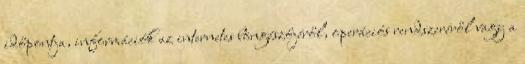
időpontja, információk az internetes böngészőjéről, operációs rendszeréről vagy a